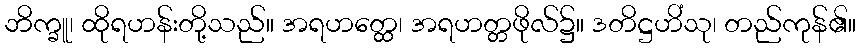
ဘိက္ခူ၊ ထိုရဟန်းတို့သည်။ အရဟတ္ထေ၊ အရဟတ္တဖိုလ်၌။ ဒတိဋ္ဌဟိံသု၊ တည်ကုန်၏။